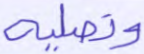
وتصلية